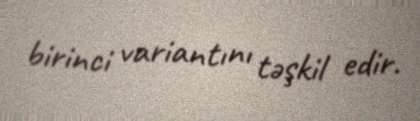
birinci variantını təşkil edir.